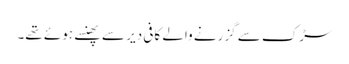
سڑک سے گزرنے والے کافی دیر سے پھنسے ہوئے تھے۔